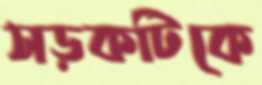
সড়কটিকে